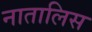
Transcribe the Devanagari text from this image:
नातालिस